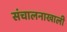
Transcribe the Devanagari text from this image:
संचालनाखाली